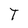
Character: T